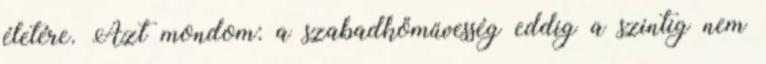
éle­tére. Azt mon­dom: a szabadkőművesség eddig a szintig nem